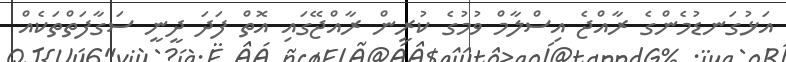
އަޅުގަނޑުމެންގެ ރާއްޖެ އިސްލާމް ވުމުގެ ކުރީން ރާއްޖޭގައި އޮތް ފަދަ ދީނީ ސަގާފަތްތަކެއް